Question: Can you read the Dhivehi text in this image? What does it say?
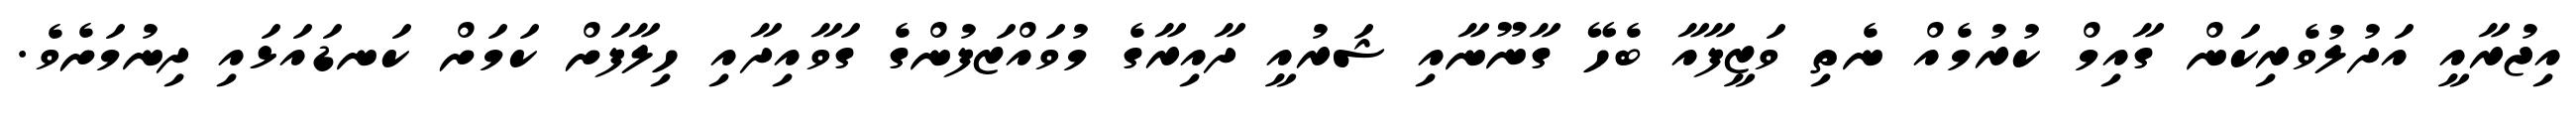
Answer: އިޖުރާއީ އަދުލުވެރިކަން ގާއިމް ކުރުމެއް ނެތި ވަޒީފާއާ ބެހޭ ގާނޫނާއި ޝަރުއީ ދާއިރާގެ މުވައްޒަފުންގެ ގަވާއިދާއި ހިލާފަށް ކަމަށް ކަނޑައަޅައި ދިނުމަށެވެ.